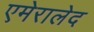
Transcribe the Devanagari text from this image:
एमेरालेद